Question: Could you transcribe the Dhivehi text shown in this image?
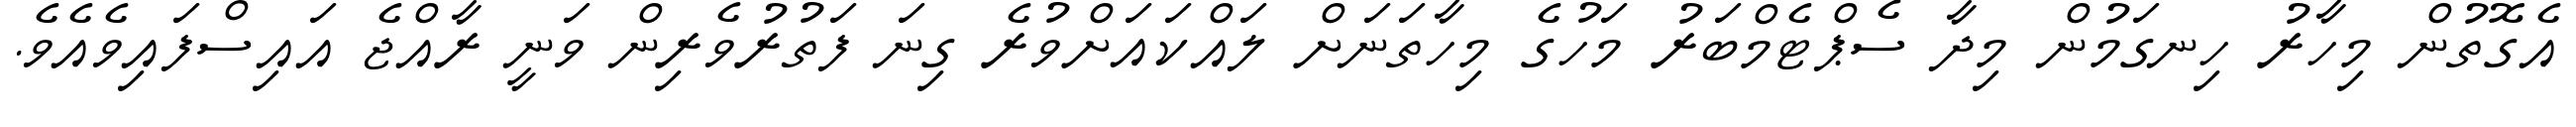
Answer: އެގޮތުން މިހާރު ހިނގަމުން މިދާ ސެޕްޓެމްބަރު މަހުގެ މިހާތަނަށް ލައްކައަށްވުރެ ގިނަ ފަތުރުވެރިން ވަނީ ރާއްޖެ އައިސްފައިވެއެވެ.